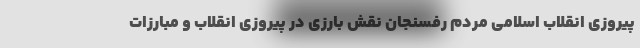
پیروزی انقلاب اسلامی مردم رفسنجان نقش بارزی در پیروزی انقلاب و مبارزات